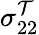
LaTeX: \sigma_{22}^{\mathcal{T}}